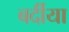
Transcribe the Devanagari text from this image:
बर्दीया